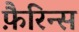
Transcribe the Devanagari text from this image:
फ़ैरिन्स